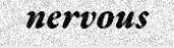
nervous